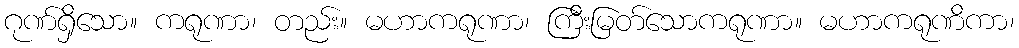
ဂုဏ်ရှိသော။ ကရုဏာ၊ တည်း။ မဟာကရုဏာ၊ ကြီးမြတ်သောကရုဏာ။ မဟာကရုဏိကာ၊